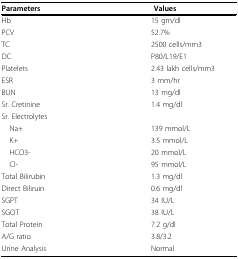
<table><thead><tr><td><b>Parameters</b></td><td><b>Values</b></td></tr></thead><tbody><tr><td>Hb</td><td>15 gm/dl</td></tr><tr><td>PCV</td><td>52.7%</td></tr><tr><td>TC</td><td>2500 cells/mm3</td></tr><tr><td>DC</td><td>P80/L19/E1</td></tr><tr><td>Platelets</td><td>2.43 lakh cells/mm3</td></tr><tr><td>ESR</td><td>3 mm/hr</td></tr><tr><td>BUN</td><td>13 mg/dl</td></tr><tr><td>Sr. Cretinine</td><td>1.4 mg/dl</td></tr><tr><td>Sr. Electrolytes</td><td></td></tr><tr><td> Na+</td><td>139 mmol/L</td></tr><tr><td> K+</td><td>3.5 mmol/L</td></tr><tr><td> HCO3-</td><td>20 mmol/L</td></tr><tr><td> Cl-</td><td>95 mmol/L</td></tr><tr><td>Total Bilirubin</td><td>1.3 mg/dl</td></tr><tr><td>Direct Biliruin</td><td>0.6 mg/dl</td></tr><tr><td>SGPT</td><td>34 IU/L</td></tr><tr><td>SGOT</td><td>38 IU/L</td></tr><tr><td>Total Protein</td><td>7.2 g/dl</td></tr><tr><td>A/G ratio</td><td>3.8/3.2</td></tr><tr><td>Urine Analysis</td><td>Normal</td></tr></tbody></table>